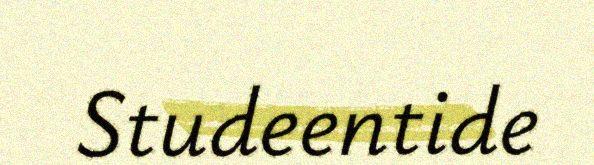
Studeentide